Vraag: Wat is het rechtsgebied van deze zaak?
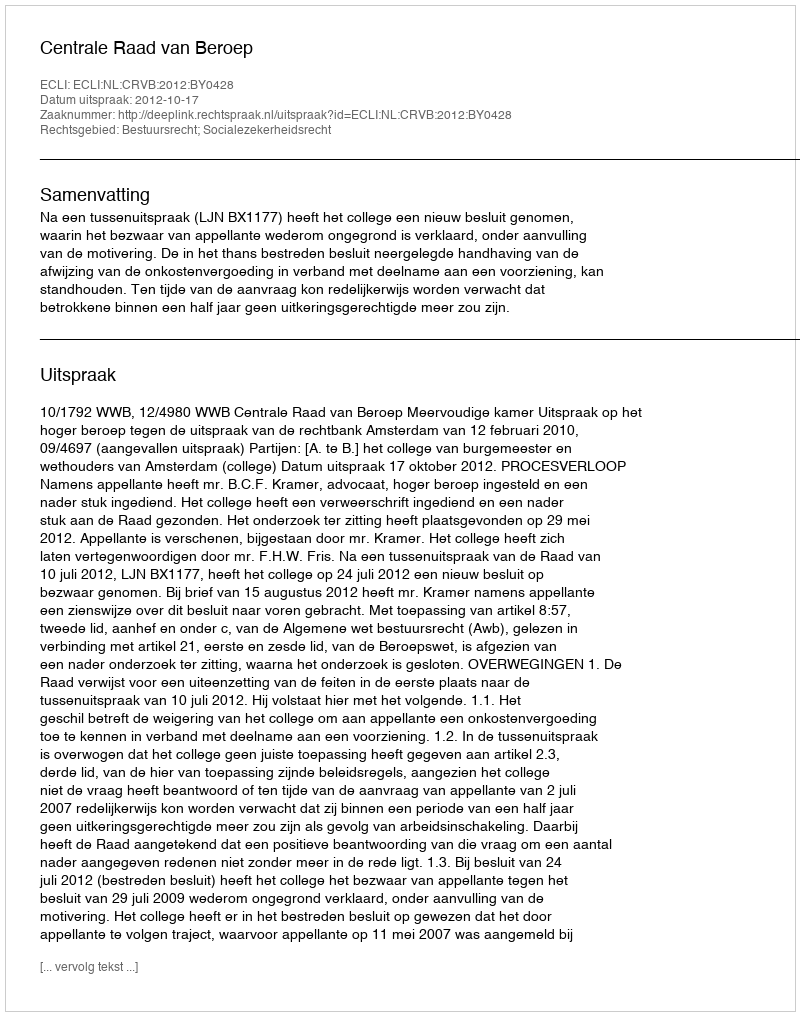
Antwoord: Bestuursrecht; Socialezekerheidsrecht